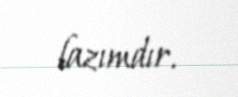
lazımdır.